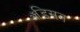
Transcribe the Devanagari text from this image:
ॲडिसन